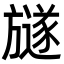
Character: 𣄚